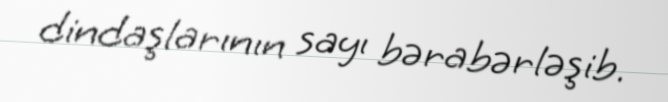
dindaşlarının sayı bərabərləşib.